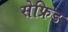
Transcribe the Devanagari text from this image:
सेफ्रिड